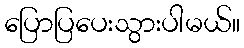
ပြောပြပေးသွားပါမယ်။